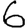
Digit: 6